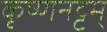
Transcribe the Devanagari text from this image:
कृष्णनट्टम्